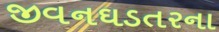
જીવનઘડતરના